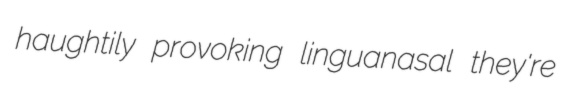
haughtily provoking linguanasal they're